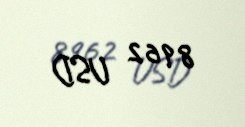
8962 USD